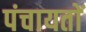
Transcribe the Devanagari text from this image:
पंचायताें